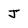
Character: j